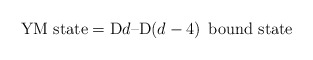
\begin{align*}\mbox{YM state} = {\rm D}d\mbox{--D}(d-4) \;\,\mbox{bound state}\end{align*}